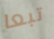
تبعا